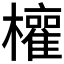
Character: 𭬳